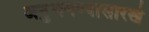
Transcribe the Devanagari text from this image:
अनुभवण्यासारखे